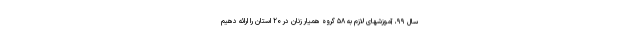
سال ۹۹، آموزشهای لازم به ۵۸ گروه همیار زنان در ۲۰ استان را ارائه دهیم